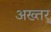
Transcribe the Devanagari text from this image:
अख्तर्